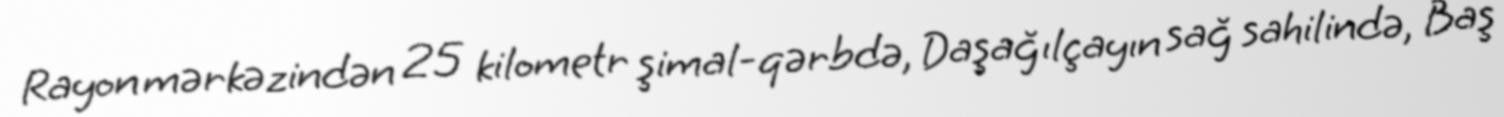
Rayon mərkəzindən 25 kilometr şimal-qərbdə, Daşağılçayın sağ sahilində, Baş